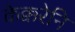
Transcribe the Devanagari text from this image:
केक्करेनि